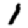
Digit: 1